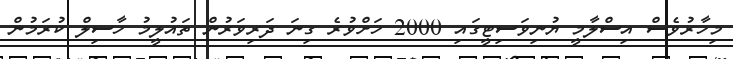
މިހާރުވެސް އިސްލާމީ ޔުނިވަސިޓީގައި 2000 ހަށްވުރެ ގިނަ ދަރިވަރުން ތައުލީމު ހާސިލް ކުރަމުން